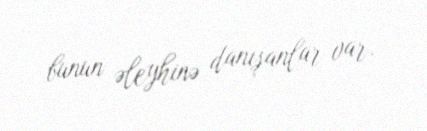
bunun əleyhinə danışanlar var.